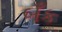
બઁક